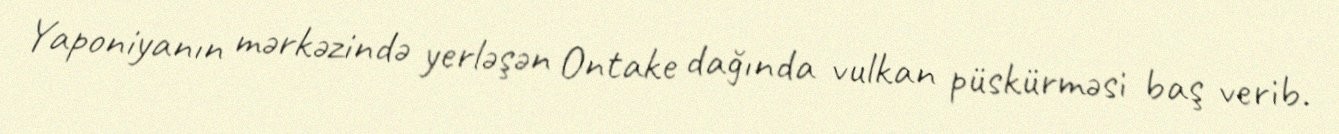
Yaponiyanın mərkəzində yerləşən Ontake dağında vulkan püskürməsi baş verib.